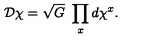
{ \cal D } \chi = \sqrt { G } \ \prod _ { x } d \chi ^ { x } .